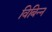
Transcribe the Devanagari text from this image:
विबिन्न